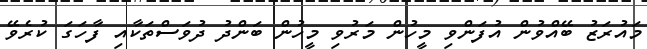
މައުރަޒު ބޭއްވުން އުފަންވި މީހުން މަރުވި މީހުން ބަންދު ދުވަސްތަކާއި ފާހަގަ ކުރެވޭ